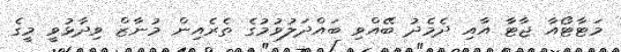
މަޓާޓޯއާ ޖާޓާ އާއި ދެމެދު ބޭއްވި ބައްދަލުވުމުގެ ތެރެއިން މުނާޒް ވިދާޅުވީ މީގެ